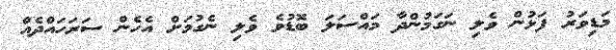
މަޑިވަރު ފަޅުން ވެލި ނަގަމުންދާ މައްސަލަ ބޮޑުވެ ވެލި ނެގުމަށް އެހެން ސަރަހައްދެއް